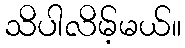
သိပါလိမ့်မယ်။